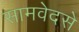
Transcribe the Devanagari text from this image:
सामवेदसे